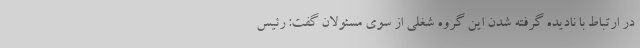
در ارتباط با نادیده گرفته شدن این گروه شغلی از سوی مسئولان گفت: رئیس